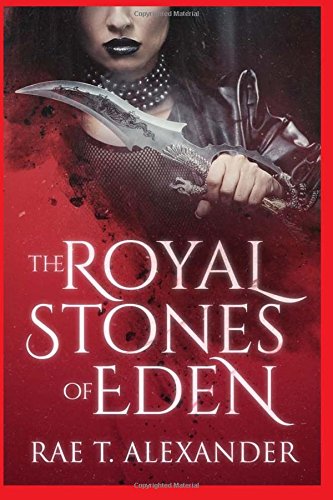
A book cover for The Royal Stones Of Eden (Royal Secrecies ) (Volume 1); Rae T. Alexander; Science Fiction & Fantasy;